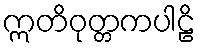
ဣတိဝုတ္တကပါဠိ